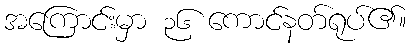
အကြောင်းမှာ ၃၆ ကောင်နတ်ရုပ်၏။